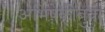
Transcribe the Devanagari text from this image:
अभिषेकीबुवा